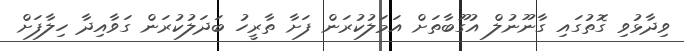
ވިދާޅުވި ގޮތުގައި ގާނޫނުލް އުގޫބާތަށް އަމަލުކުރަން ފަށާ ތާރީހު ބަދަލުކުރަން ގަވާއިދާ ހިލާފަށް